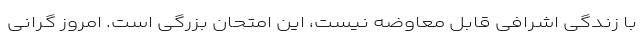
با زندگی اشرافی قابل معاوضه نیست، این امتحان بزرگی است. امروز گرانی